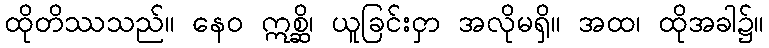
ထိုတိဿသည်။ နေဝ ဣစ္ဆိ၊ ယူခြင်းငှာ အလိုမရှိ။ အထ၊ ထိုအခါ၌။